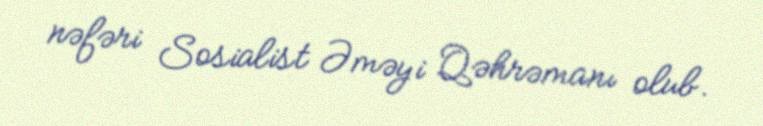
nəfəri Sosialist Əməyi Qəhrəmanı olub.